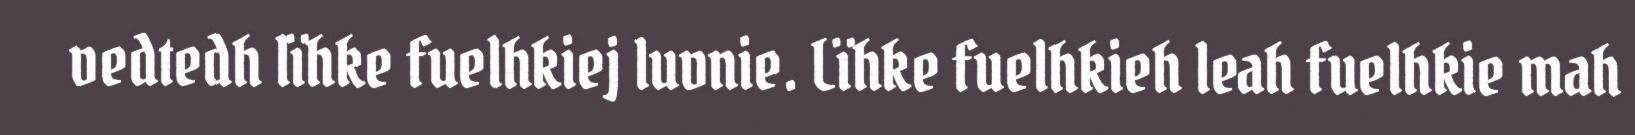
vedtedh lïhke fuelhkiej luvnie. Lïhke fuelhkieh leah fuelhkie mah